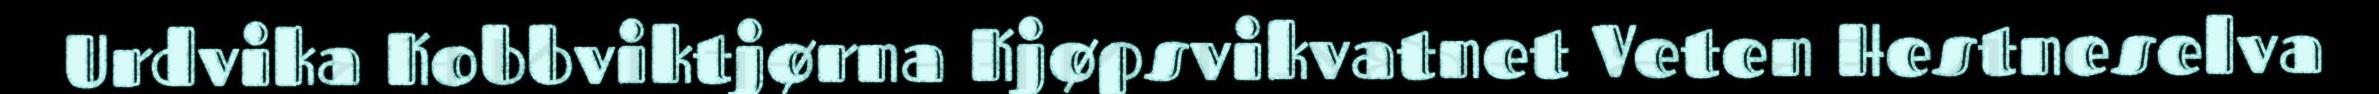
Urdvika Kobbviktjørna Kjøpsvikvatnet Veten Hestneselva